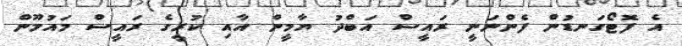
އެ ފޮޓޯގަނޑުން ފެންނަނީ ރައީސް އަބްދު ޔާމީން އާއި ކުރީގެ ރައީސް މައުމޫން